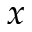
x